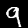
Digit: 9